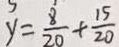
y = \frac { 8 } { 2 0 } + \frac { 1 5 } { 2 0 }